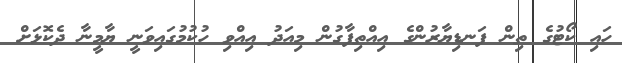
ހައި ކޯޓުގެ ތިން ފަނޑިޔާރުންގެ އިއްތިފާގުން މިއަދު އިއްވި ހުކުމުގައިވަނީ ޔާމީނާ ދެކޮޅަށް